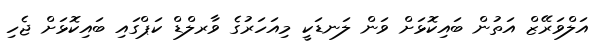
އަލްވަރޭޒް އަތުން ބައިކޮޅަށް ވަން ލަނޑަކީ މިއަހަރުގެ ވާރލްޑް ކަޕްގައި ބައިކޮޅަށް ޖެހި